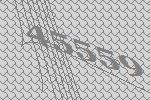
45559